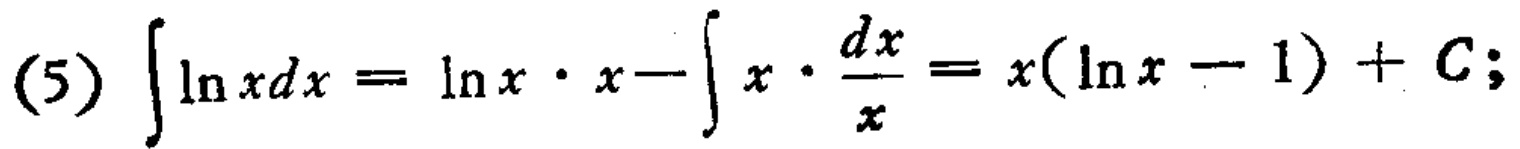
(5) \(\int \ln xdx = \ln x\cdot x - \int x\cdot\frac{dx}{x}=x(\ln x - 1)+C;\)